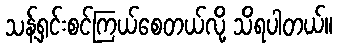
သန့်ရှင်းစင်ကြယ်စေတယ်လို့ သိရပါတယ်။